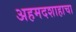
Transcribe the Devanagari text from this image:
अहमदशाहाचा